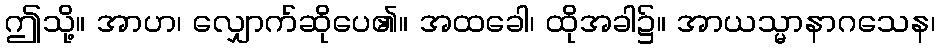
ဤသို့။ အာဟ၊ လျှောက်ဆိုပေ၏။ အထခေါ၊ ထိုအခါ၌။ အာယသ္မာနာဂသေန၊